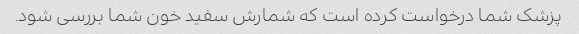
پزشک شما درخواست کرده است که شمارش سفید خون شما بررسی شود.